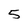
Character: 5